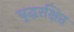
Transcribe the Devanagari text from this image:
बुद्धरक्षित